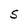
Character: S